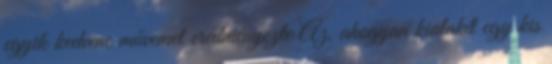
egyik kedvenc művemet eredményezte Az, ahogyan kialakít egy kis